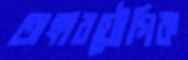
অঙ্গারযৌগিক